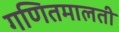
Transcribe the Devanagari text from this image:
गणितमालती